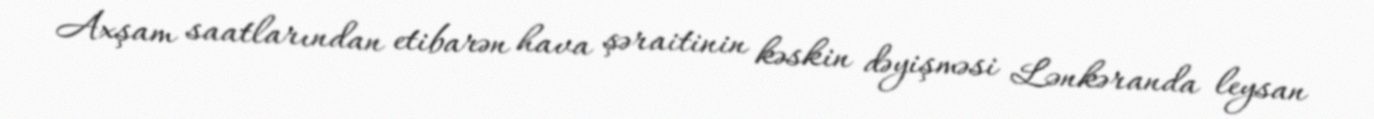
Axşam saatlarından etibarən hava şəraitinin kəskin dəyişməsi Lənkəranda leysan